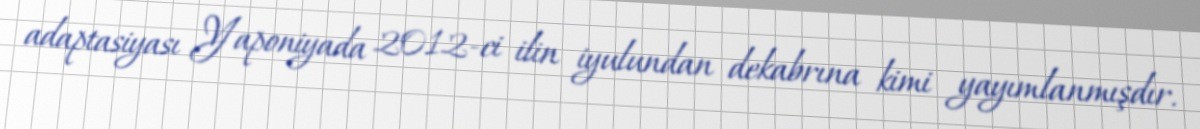
adaptasiyası Yaponiyada 2012-ci ilin iyulundan dekabrına kimi yayımlanmışdır.